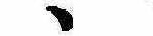
ゝ